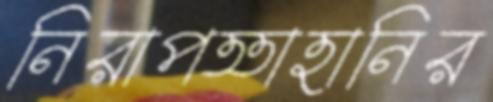
নিরাপত্তাহানির